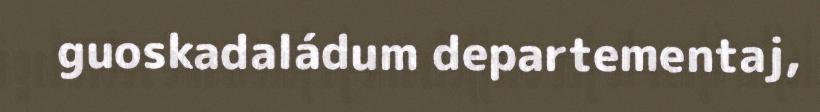
guoskadaládum departementaj,